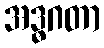
အဒ္ဓဂတာ